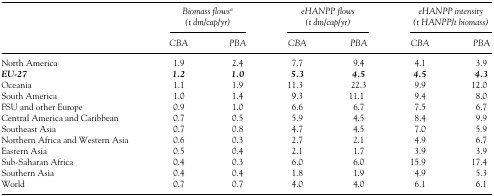
<table><thead><tr><td></td><td colspan="2"><b><i>Biomass flows</i>a</b></td><td colspan="2"><b><i>eHANPP flows</i></b></td><td colspan="2"><b><i>eHANPP intensity</i></b></td></tr><tr><td></td><td colspan="2"><b><i>(t dm/cap/yr)</i></b></td><td colspan="2"><b><i>(t dm/cap/yr)</i></b></td><td colspan="2"><b><i>(t HANPP/t biomass)</i></b></td></tr><tr><td></td><td><b><i>CBA</i></b></td><td><b><i>PBA</i></b></td><td><b><i>CBA</i></b></td><td><b><i>PBA</i></b></td><td><b><i>CBA</i></b></td><td><b><i>PBA</i></b></td></tr></thead><tbody><tr><td>North America</td><td>1.9</td><td>2.4</td><td>7.7</td><td>9.4</td><td>4.1</td><td>3.9</td></tr><tr><td><b><i>EU‐27</i></b></td><td><b><i>1.2</i></b></td><td><b><i>1.0</i></b></td><td><b><i>5.3</i></b></td><td><b><i>4.5</i></b></td><td><b><i>4.5</i></b></td><td><b><i>4.3</i></b></td></tr><tr><td>Oceania</td><td>1.1</td><td>1.9</td><td>11.3</td><td>22.3</td><td>9.9</td><td>12.0</td></tr><tr><td>South America</td><td>1.0</td><td>1.4</td><td>9.3</td><td>11.1</td><td>9.4</td><td>8.0</td></tr><tr><td>FSU and other Europe</td><td>0.9</td><td>1.0</td><td>6.6</td><td>6.7</td><td>7.5</td><td>6.7</td></tr><tr><td>Central America and Caribbean</td><td>0.7</td><td>0.5</td><td>5.9</td><td>4.5</td><td>8.4</td><td>9.9</td></tr><tr><td>Southeast Asia</td><td>0.7</td><td>0.8</td><td>4.7</td><td>4.5</td><td>7.0</td><td>5.9</td></tr><tr><td>Northern Africa and Western Asia</td><td>0.6</td><td>0.3</td><td>2.7</td><td>2.1</td><td>4.9</td><td>6.7</td></tr><tr><td>Eastern Asia</td><td>0.5</td><td>0.4</td><td>2.1</td><td>1.7</td><td>3.9</td><td>3.9</td></tr><tr><td>Sub‐Saharan Africa</td><td>0.4</td><td>0.3</td><td>6.0</td><td>6.0</td><td>15.9</td><td>17.4</td></tr><tr><td>Southern Asia</td><td>0.4</td><td>0.4</td><td>1.8</td><td>1.9</td><td>4.9</td><td>5.3</td></tr><tr><td>World</td><td>0.7</td><td>0.7</td><td>4.0</td><td>4.0</td><td>6.1</td><td>6.1</td></tr></tbody></table>